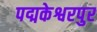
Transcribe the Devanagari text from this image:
पद्मकेश्वरपुर